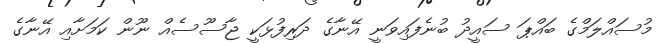
މުސައްލަމްގެ ބައްޕަ ސައީދު ބުނެފައިވަނީ އޭނާގެ ދަރިފުޅަކީ ޖާސޫސެއް ނޫން ކަމަށާއި އޭނާގެ